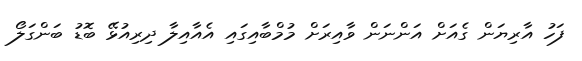
ފަހު އާރިޔަން ގެއަށް އަންނަން ވާއިރަށް މުމްބާއިގައި އެއާއިލާ ދިރިއުޅޭ ބޮޑު ބަންގަލޯ